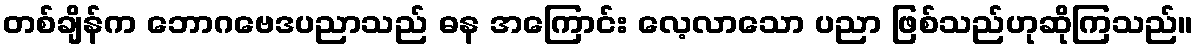
တစ်ချိန်က ဘောဂဗေဒပညာသည် ဓန အကြောင်း လေ့လာသော ပညာ ဖြစ်သည်ဟုဆိုကြသည်။